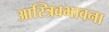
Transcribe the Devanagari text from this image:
आस्त्रिवभावना